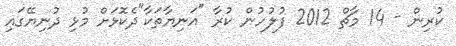
ކުރިން - 14 މާޗް 2012 ފުލުހުން ކުރާ "އަނިޔާތަކާ"ދެކޮޅަށް މުޅި ދުނިޔޭގައި